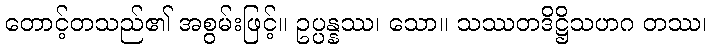
တောင့်တသည်၏ အစွမ်းဖြင့်။ ဥပ္ပန္နဿ၊ သော။ သဿတဒိဋ္ဌိသဟဂ တဿ၊